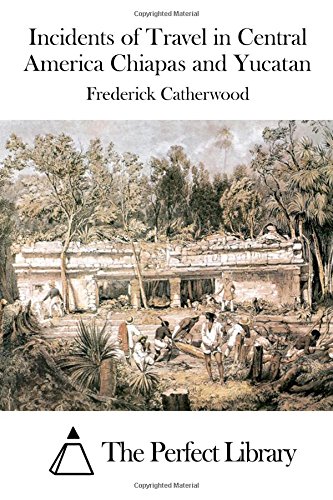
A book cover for Incidents of Travel in Central America Chiapas and Yucatan; Frederick Catherwood; Travel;